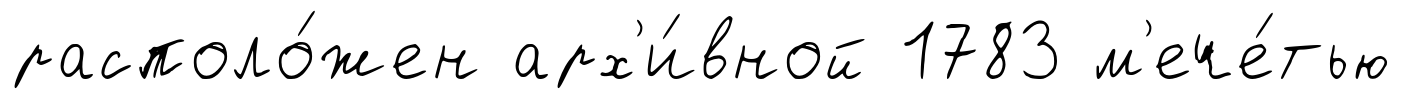
располо́жен арх'и́вной 1783 м'ече́тью